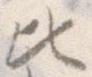
ひ